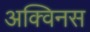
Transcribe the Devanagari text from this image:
अक्विनस